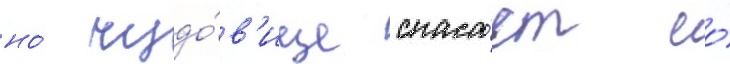
но́ чудо́в'ище спаса́ет ео́